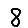
Digit: 8